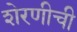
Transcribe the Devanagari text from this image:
शेरणीची